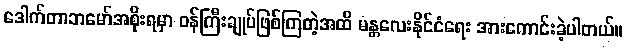
ဒေါက်တာဘမော်အစိုးရမှာ ဝန်ကြီးချုပ်ဖြစ်ကြတဲ့အထိ မန္တလေးနိုင်ငံရေး အားကောင်းခဲ့ပါတယ်။